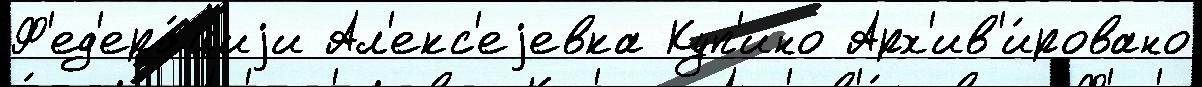
Ф'ед'ера́циjи Ал'екс'еjевка Куп'ино Арх'ив'и́ровано